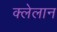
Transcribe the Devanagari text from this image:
क्लेलान